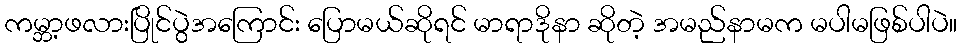
ကမ္ဘာ့ဖလားပြိုင်ပွဲအကြောင်း ပြောမယ်ဆိုရင် မာရာဒိုနာ ဆိုတဲ့ အမည်နာမက မပါမဖြစ်ပါပဲ။